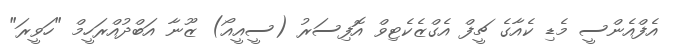
އެފްއެންސީ މެޑި ކެއާގެ ޗީފް އެގްޒެކެޓިވް އޮފިސަރު (ސީއީއޯ) ޒޫނާ އަބްދުއްރަހީމް "ހަވީރަ"